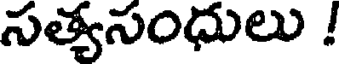
సత్యసంధులు !